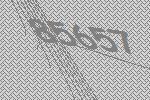
85657